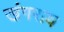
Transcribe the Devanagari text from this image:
खंगराय